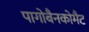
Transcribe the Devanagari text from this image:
पागोबैनकोमैट